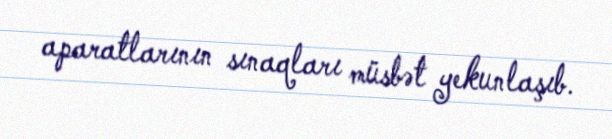
aparatlarının sınaqları müsbət yekunlaşıb.